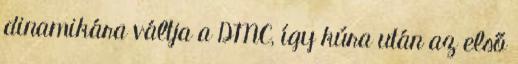
dinamikára váltja a DMC, így kúra után az első